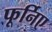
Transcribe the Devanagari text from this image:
फूर्निए